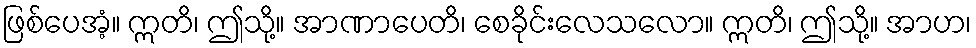
ဖြစ်ပေအံ့။ ဣတိ၊ ဤသို့။ အာဏာပေတိ၊ စေခိုင်းလေသလော။ ဣတိ၊ ဤသို့။ အာဟ၊